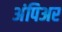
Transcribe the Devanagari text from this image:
अंपिअर